Civil Veterinary Dept. Assam report 1911-1927 - 1911-1927
Year: 1911
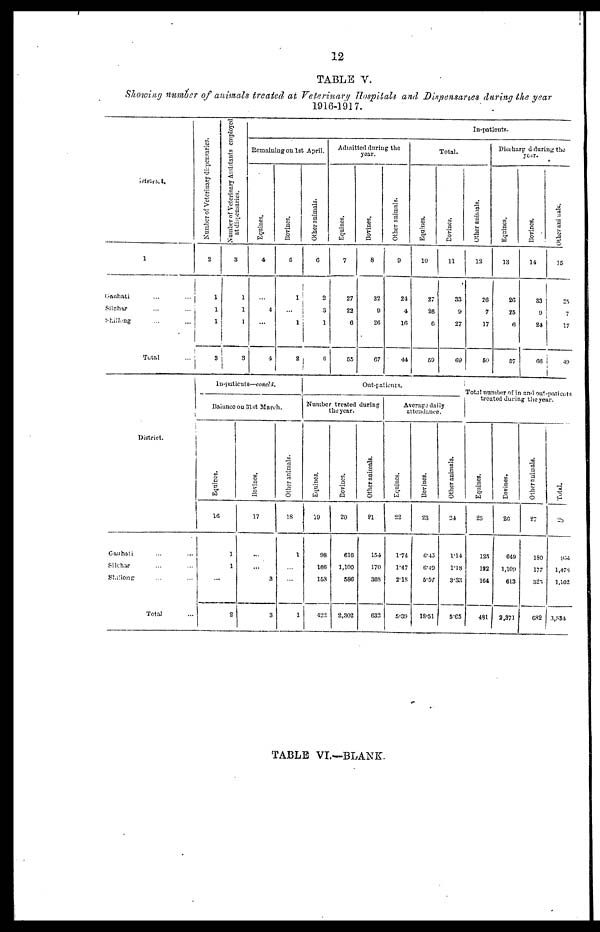
12
TABLE V.
Showing number of animals treated at Veterinary Hospitals and Dispensaries during the year
1916-1917.
Disrtrict.
1
Gauhati
Silchar-
Shilong
Total
Number of Veterinary dispensaries.
2
1
1
1
3
Number of Veterinary Assistants employed
at dispensaries.
3
1
1
1
3
In-patients.
Remaining on 1st April.
Equiues.
4
4
4
Bovines.
5
1
1
2
Other animals.
6
2
3
1
Admitted during the
year.
Equines.
7
27
23
6
55
Bovines.
8
32
0
26
67
Other animals.
9
24
4
10
44
Total.
Equines.
10
27
26
0
59
Bovines.
11
33
9
27
69
Other animals.
12
26
7
17
60
Discharred during the
year.
Equines.
13
26
25
0
57
Bovines.
14
33
9
24
66
Other animals.
15
25
17
|
49
District.
Gauhati ... ...
Silchar ... ...
Shillong
Total
In-patients—concld.
Balance on 31st March.
Equines.
16
1
1
2
Bovines.
17
3
3
Other animals.
18
1
1
Out-patients.
Number treated during
the year.
Equines.
19
98
166
153
422
Bovines.
20
616
1,100
586
2,302
Other animals.
?1
154
170
303
632
Average daily
attendance.
Equines.
22
1.74
1-47
2.18
5.39
Bovines.
23
(Mo
6.49
5.57
18.51
Other animals.
24
1.14
1.18
3.33
5.65
Total number of in and out-patients
treated during the year.
Equines.
25
125
192
164
481
Bovines.
20
649
1,109
613
2,371
Other animals.
27
180
177
325
682
Total.
28
954
1,478
1,102
3,534